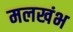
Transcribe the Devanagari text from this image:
मलखंभ